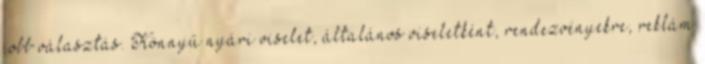
jobb választás. Könnyű nyári viselet, általános viseletként, rendezvényekre, reklám